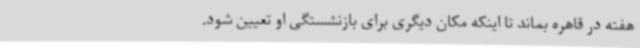
هفته در قاهره بماند تا اینکه مکان دیگری برای بازنشستگی او تعیین شود.